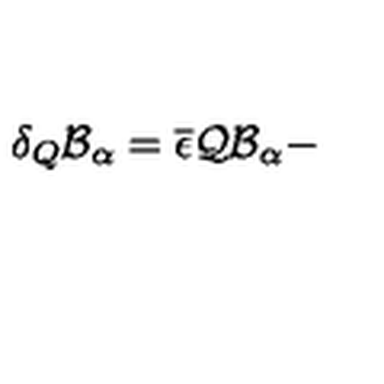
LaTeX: \delta _ { Q } \mathcal { B } _ { \alpha } = \overline { { \epsilon } } \mathcal { Q B } _ { \alpha } -